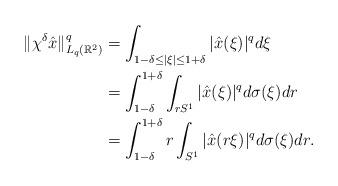
LaTeX: \begin{align*}\|\chi^\delta \hat{x}\|_{L_q(\mathbb{R}^2)}^q&=\int_{1-\delta\leq|\xi|\leq1+\delta}|\hat{x}(\xi)|^qd\xi \\ &=\int_{1-\delta}^{1+\delta}\int_{rS^1}|\hat{x}(\xi)|^qd\sigma(\xi)dr\\&=\int_{1-\delta}^{1+\delta}r\int_{S^1}|\hat{x}(r\xi)|^qd\sigma(\xi)dr.\end{align*}